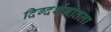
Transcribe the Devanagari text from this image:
दिग्दर्शनातला